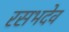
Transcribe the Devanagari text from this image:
रसभदेव